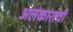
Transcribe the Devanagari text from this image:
अलंकाराची